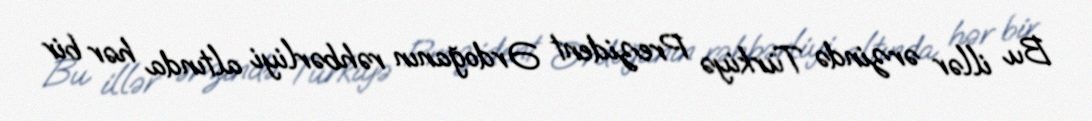
Bu illər ərzində Türkiyə Prezident Ərdoğanın rəhbərliyi altında hər bir